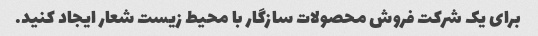
برای یک شرکت فروش محصولات سازگار با محیط زیست شعار ایجاد کنید.